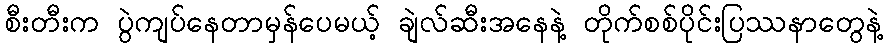
စီးတီးက ပွဲကျပ်နေတာမှန်ပေမယ့် ချဲလ်ဆီးအနေနဲ့ တိုက်စစ်ပိုင်းပြဿနာတွေနဲ့